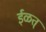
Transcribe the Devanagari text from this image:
ईळत्